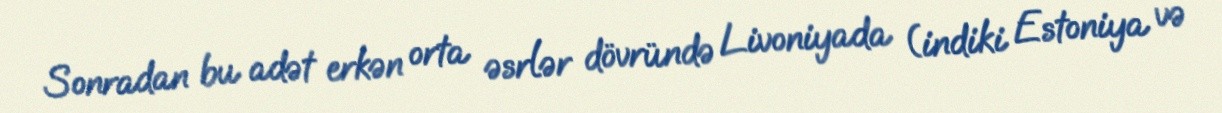
Sonradan bu adət erkən orta əsrlər dövründə Livoniyada (indiki Estoniya və